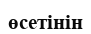
өсетінін